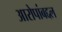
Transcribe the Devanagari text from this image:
आरोपांबद्दल